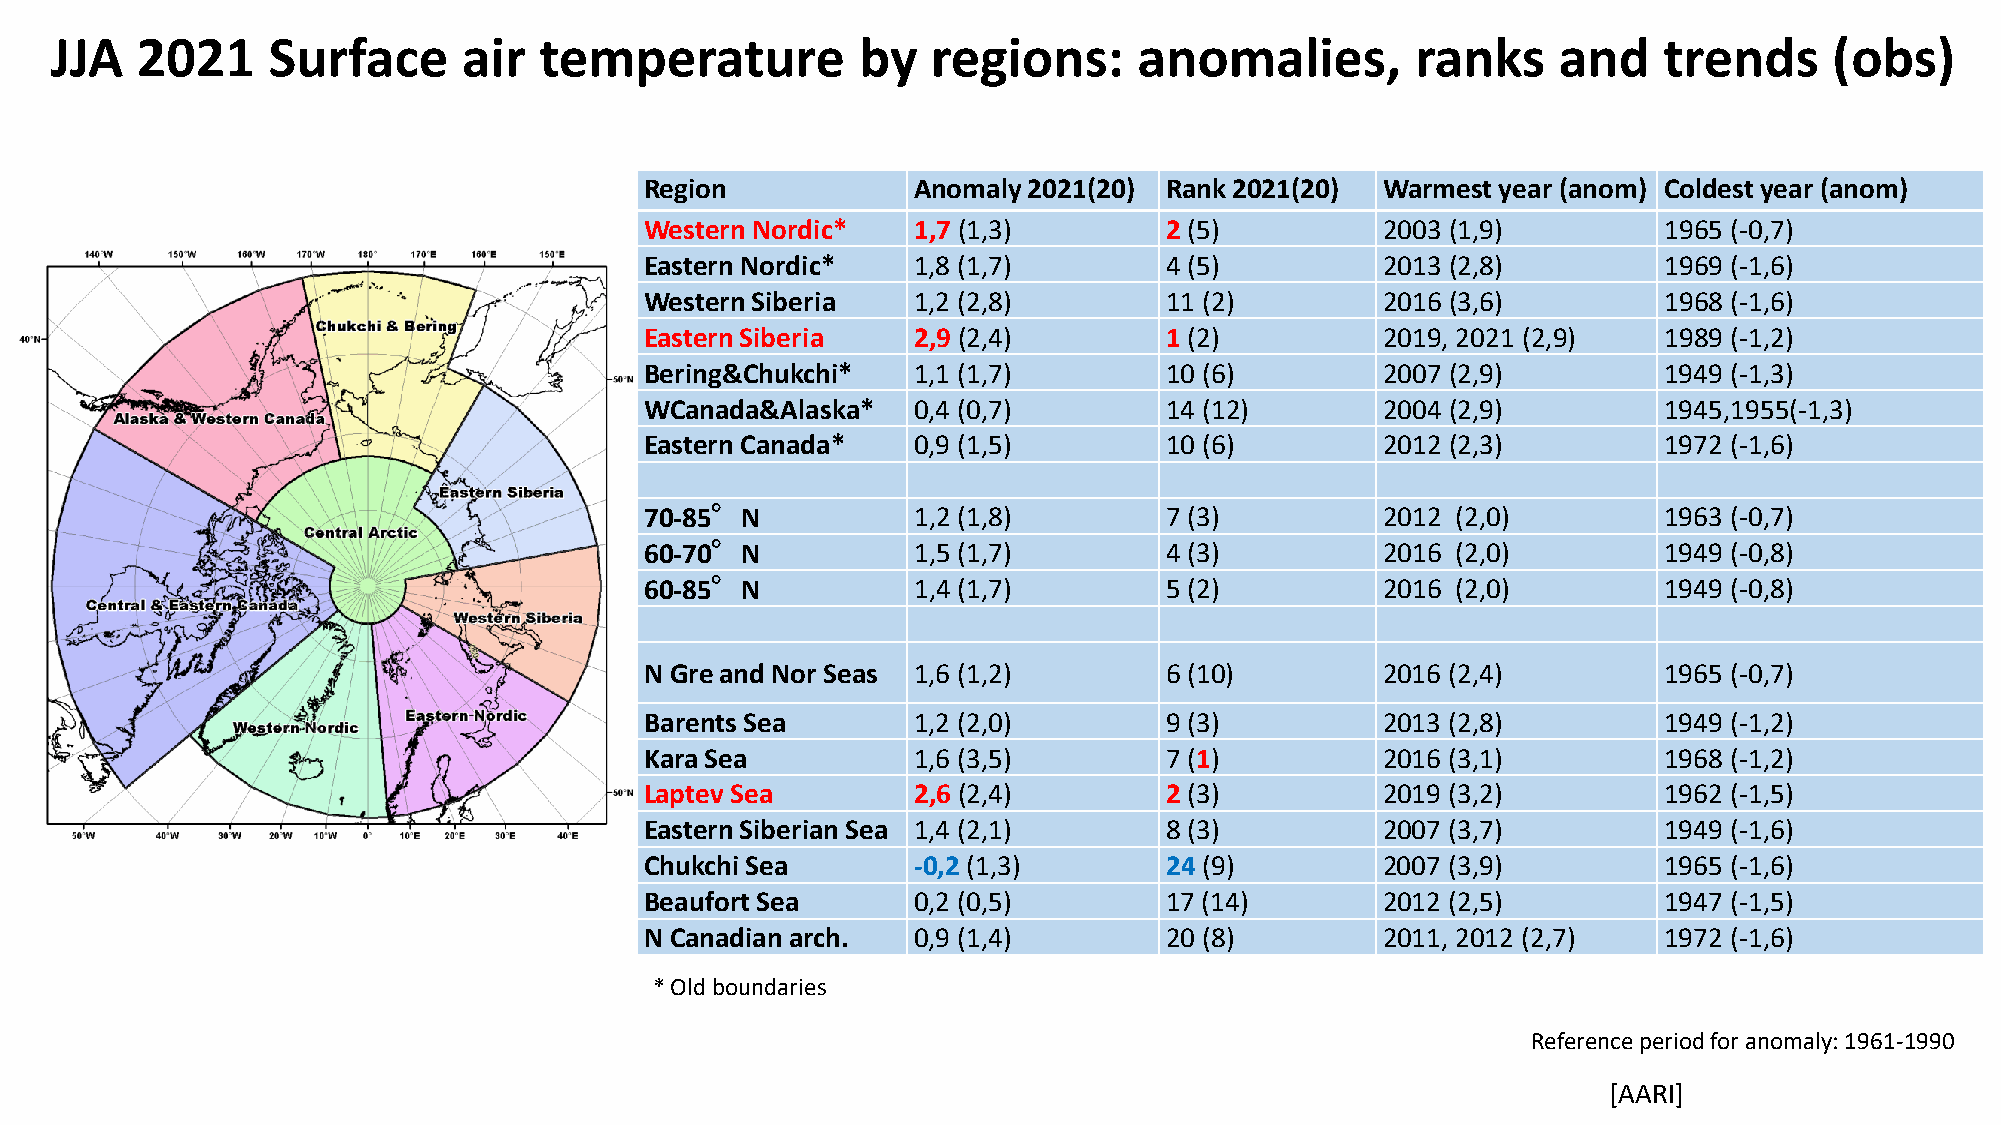
JJA   2021     Surface      air  temperature          by   regions:     anomalies,         ranks    and    trends     (obs)
 Region           Anomaly 2021(20) Rank 2021(20) Warmest year (anom) Coldest year(anom)
 Western Nordic*  1,7 (1,3)        2 (5)         2003 (1,9)         1965 (-0,7)
 Eastern Nordic*  1,8 (1,7)        4 (5)         2013 (2,8)         1969 (-1,6)
 Western Siberia  1,2 (2,8)        11 (2)        2016 (3,6)         1968 (-1,6)
 Eastern Siberia  2,9 (2,4)        1 (2)         2019, 2021 (2,9)   1989 (-1,2)
 Bering&Chukchi*  1,1 (1,7)        10 (6)        2007 (2,9)         1949 (-1,3)
 WCanada&Alaska*  0,4 (0,7)        14 (12)       2004 (2,9)         1945,1955(-1,3)
 Eastern Canada*  0,9 (1,5)        10 (6)        2012 (2,3)         1972 (-1,6)
 70-85°N          1,2 (1,8)        7 (3)         2012 (2,0)         1963 (-0,7)
 60-70°N          1,5 (1,7)        4 (3)         2016 (2,0)         1949 (-0,8)
 60-85°N          1,4 (1,7)        5 (2)         2016 (2,0)         1949 (-0,8)
 N Greand Nor Seas 1,6 (1,2)       6 (10)        2016 (2,4)         1965 (-0,7)
 Barents Sea      1,2 (2,0)        9 (3)         2013 (2,8)         1949 (-1,2)
 Kara Sea         1,6 (3,5)        7 (1)         2016 (3,1)         1968 (-1,2)
 Laptev Sea       2,6 (2,4)        2 (3)         2019 (3,2)         1962 (-1,5)
 Eastern Siberian Sea 1,4 (2,1)    8 (3)         2007 (3,7)         1949 (-1,6)
 Chukchi Sea      -0,2 (1,3)       24 (9)        2007 (3,9)         1965 (-1,6)
 Beaufort Sea     0,2 (0,5)        17 (14)       2012 (2,5)         1947 (-1,5)
 N Canadian arch. 0,9 (1,4)        20 (8)        2011, 2012 (2,7)   1972 (-1,6)
 * Old boundaries
 Reference period for anomaly: 1961-1990
 [AARI]